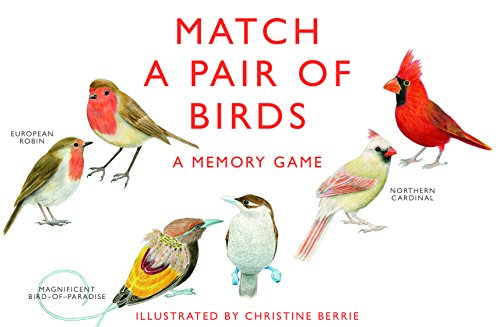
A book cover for Match a Pair of Birds: A Memory Game; Humor & Entertainment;